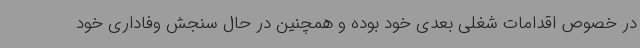
در خصوص اقدامات شغلی بعدی خود بوده و همچنین در حال سنجش وفاداری خود